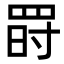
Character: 𦋂